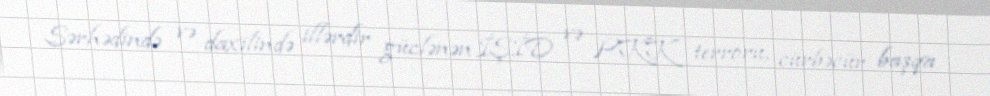
Sərhədində və daxilində illərdir güclənən İŞİD və PKK terroru, cürbəcür başqa